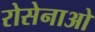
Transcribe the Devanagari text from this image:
रोसेनाओ